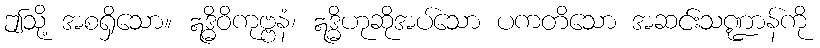
ဤသို့ အစရှိသော။ ဣဒ္ဓိဝိကုဗ္ဗနံ၊ ဣဒ္ဓိဟုဆိုအပ်သော ပကတိသော အဆင်းသဏ္ဍာန်ကို